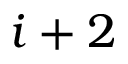
i + 2